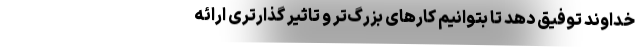
خداوند توفیق دهد تا بتوانیم کارهای بزرگ‌تر و تاثیر گذار‌تری ارائه